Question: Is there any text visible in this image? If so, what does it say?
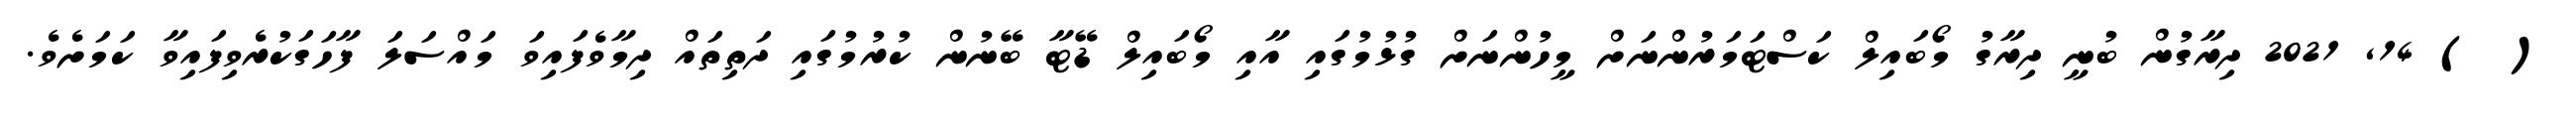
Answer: ( ) 14, 2021 ދިރާގުން ބުނީ ދިރާގު މޯބައިލް ކަސްޓަމަރުންނަށް މީހުންނަށް ގުޅުމުގައި އާއި މޯބައިލް ޑޭޓާ ބޭނުން ކުރުމުގައި ދަތިތައް ދިމާވެފައިވަ މައްސަލަ ފާހަގަކުރެވިފައިވާ ކަމަށެވެ.